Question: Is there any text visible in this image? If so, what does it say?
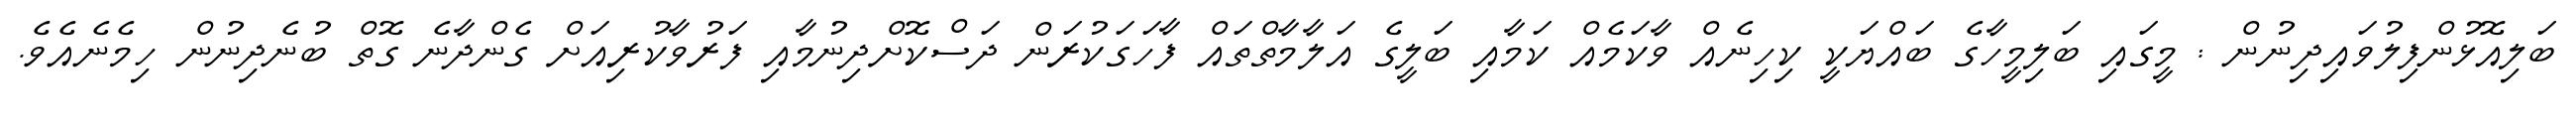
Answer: ބަލިއޮޅުންފިލުވައިދިނުން : މީގައި ބަލިމީހާގެ ބައްޔަކީ ކިހިނެއް ވާކަމެއް ކަމާއި ބަލީގެ އަލާމާތްތައް ފާހަގަކުރަން ދަސްކޮށްދިނުމާއި ފަރުވާކުރިއަށް ގެންދާނެ ގޮތް ބުނެދިނުން ހިމެނެއެވެ.